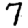
Digit: 7